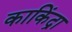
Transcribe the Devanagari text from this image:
काकिंद्रा